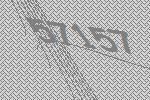
57157